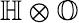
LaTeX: \mathbb{H}\otimes\mathbb{O}